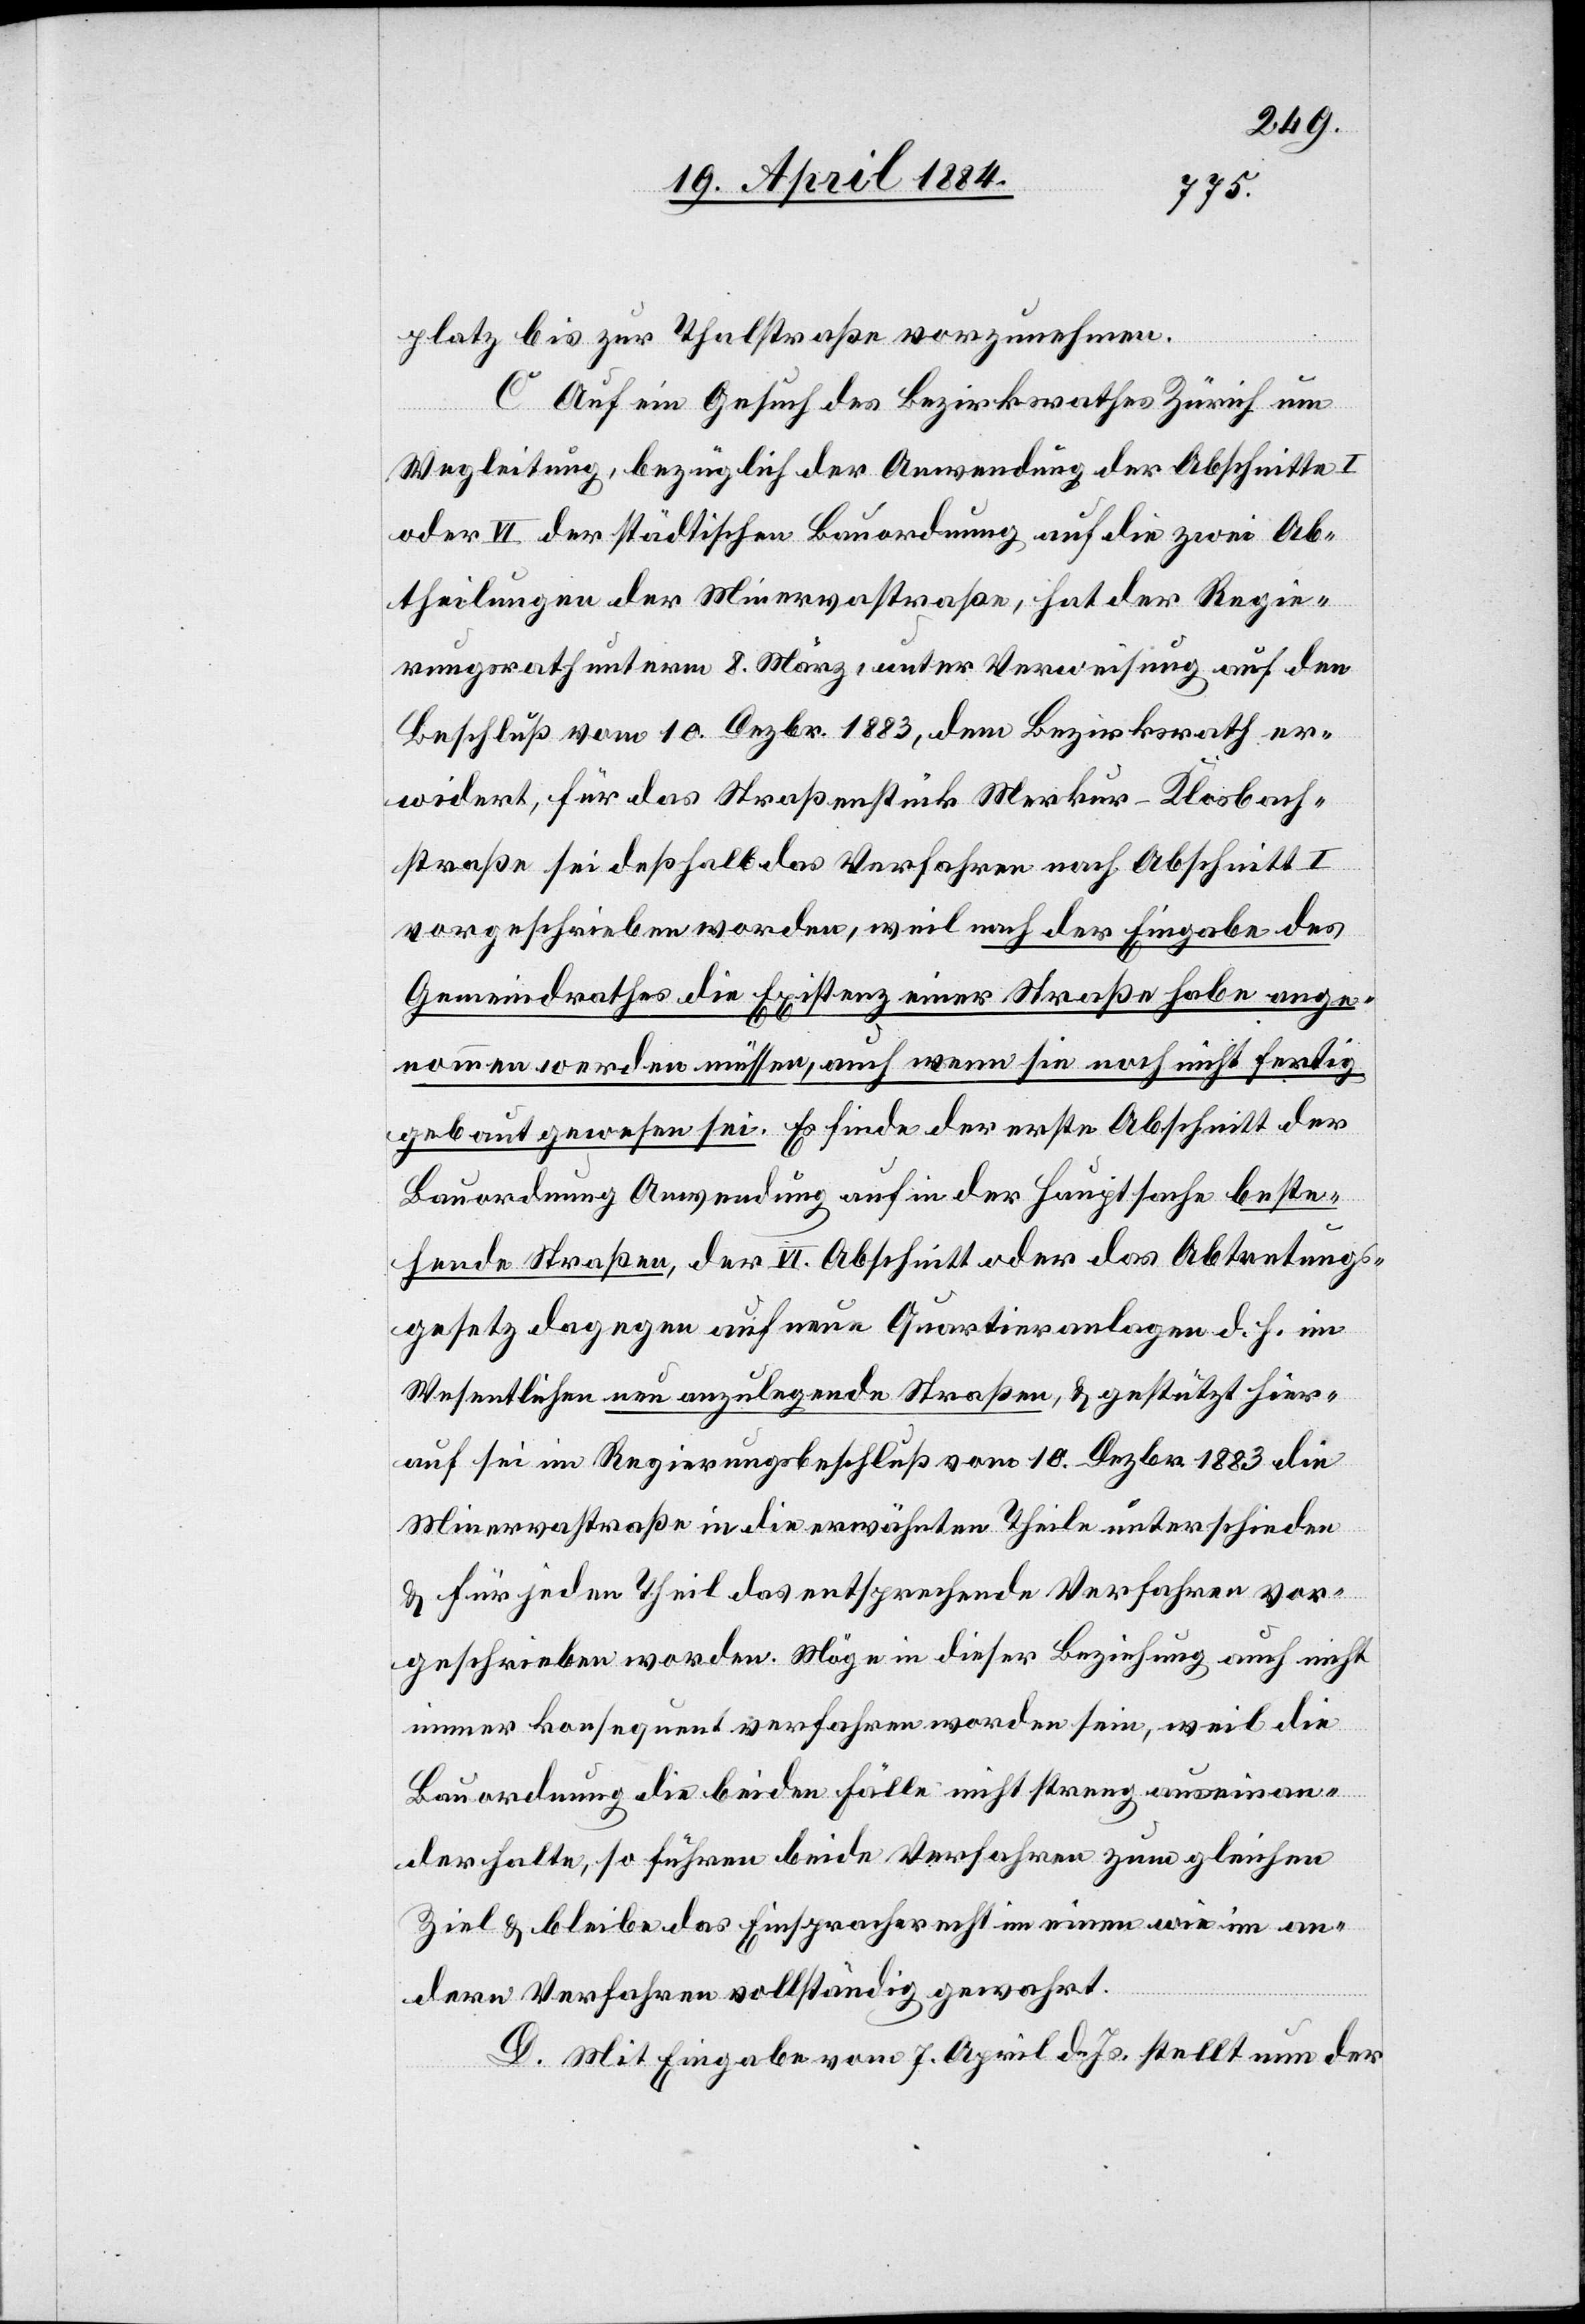
platz bis zur Thalstraße vorzunehmen.
C. Auf ein Gesuch des Bezirkrathes Zürich um
Wegleitung, bezüglich der Anwendung der Abschnitte I
oder VI der städtischen Bauordnung auf die zwei Ab¬
theilungen der Minervastraße, hat der Regie¬
rungsrath unterm 8. März, unter Verweisung auf den
Beschluß vom 10. Dezbr. 1883, dem Bezirksrath er¬
widert, für das Straßenstück Merkur–Klosbach¬
straße sei deßhalb das Verfahren nach Abschnitt I
vorgeschrieben worden, weil nach der Eingabe des
Gemeindrathes die Existenz einer Straße habe ange¬
nommen werden müssen, auch wenn sie noch nicht fertig
gebaut gewesen sei. Es finde der erste Abschnitt der
Bauordnung Anwendung auf in der Hauptsache beste¬
hende Straßen, der VI. Abschnitt oder das Abtretungs¬
gesetz dagegen auf neue Quartieranlagen d. h. im
Wesentlichen neu anzulegende Straßen, & gestützt hier¬
auf sei im Regierungsbeschluß vom 10. Dezbr. 1883 die
Minervastraße in die erwähnten Theile unterschieden
& für jeden Theil das entsprechende Verfahren vor¬
geschrieben worden. Möge in dieser Beziehung auch nicht
immer konsequent verfahren worden sein, weil die
Bauordnung die beiden Fälle nicht streng auseinan¬
der halte, so führen beide Verfahren zum gleichen
Ziel & bleibe das Einspracherecht im einen wie im an¬
dern Verfahren vollständig gewahrt.
D. Mit Eingabe vom 7. April d. Js. stellt nun der